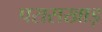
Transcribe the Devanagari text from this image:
परासखाड़